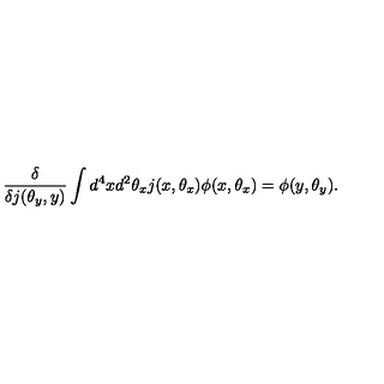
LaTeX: \frac { \delta } { \delta j ( \theta _ { y } , y ) } \int d ^ { 4 } x d ^ { 2 } \theta _ { x } j ( x , \theta _ { x } ) \phi ( x , \theta _ { x } ) = \phi ( y , \theta _ { y } ) .